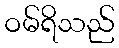
ဝမ်ရိသည်